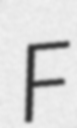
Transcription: F